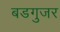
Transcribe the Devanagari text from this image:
बडगुजर